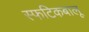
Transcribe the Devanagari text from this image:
स्फटिकबालू